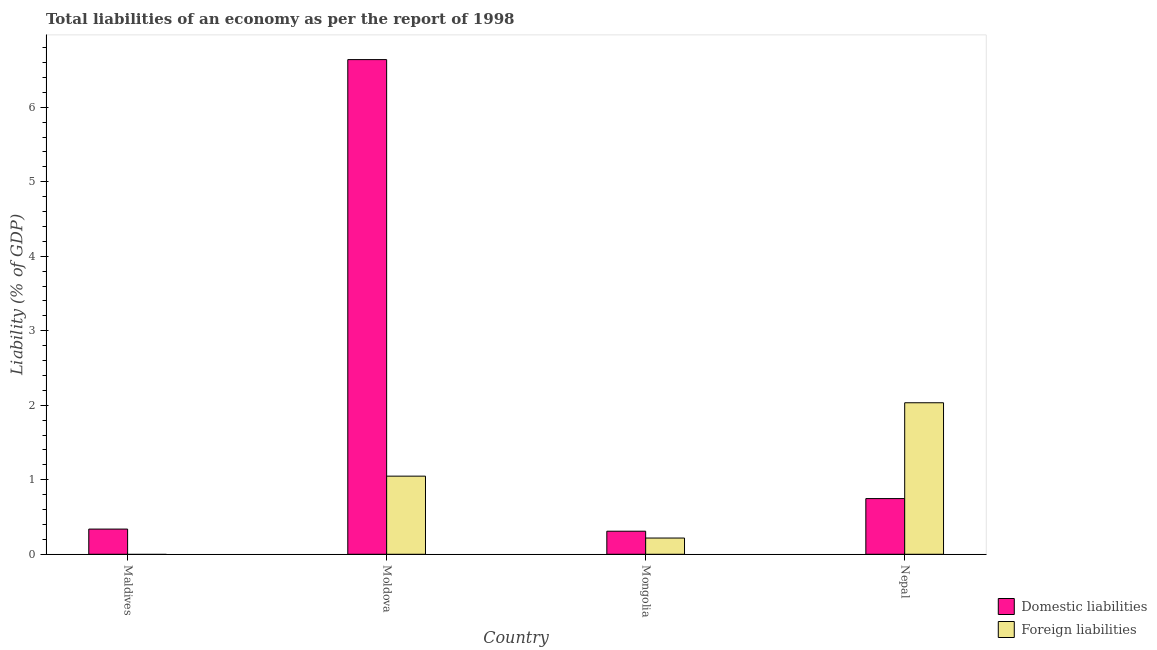
| Country | Domestic liabilities | Foreign liabilities |
 | --- | --- | --- |
 | Maldives | 0.338 | -1.22 |
 | Moldova | 6.64 | 1.05 |
 | Mongolia | 0.31 | 0.218 |
 | Nepal | 0.748 | 2.03 |